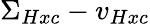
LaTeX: \Sigma_{Hxc}-v_{Hxc}